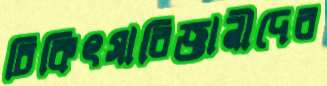
চিকিৎসাবিজ্ঞানীদের